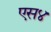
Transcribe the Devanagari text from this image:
एस४